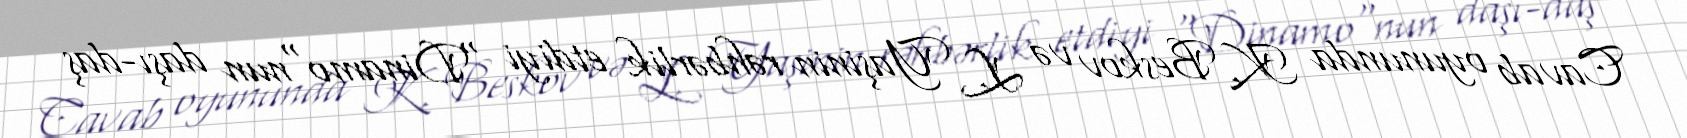
Cavab oyununda K. Beskov və L. Yaşinin rəhbərlik etdiyi "Dinamo"nun daşı-daş